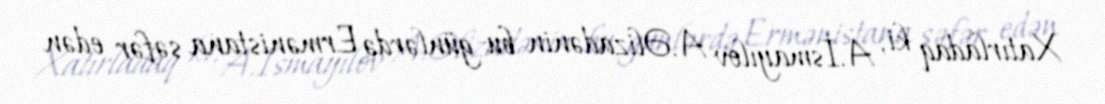
Xatırladaq ki, A.İsmayılov A.Əlizadənin bu günlərdə Ermənistana səfər edən